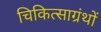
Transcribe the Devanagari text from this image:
चिकित्साग्रंथों